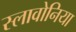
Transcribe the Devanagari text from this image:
स्लावोनिया